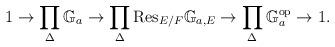
LaTeX: \begin{align*}\begin{aligned}1\rightarrow \prod_{\Delta}\mathbb{G}_a\rightarrow \prod_{\Delta}\mathrm{Res}_{E/F}\mathbb{G}_{a,E}\rightarrow \prod_{\Delta}\mathbb{G}_a^{\mathrm{op}}\rightarrow 1.\end{aligned}\end{align*}